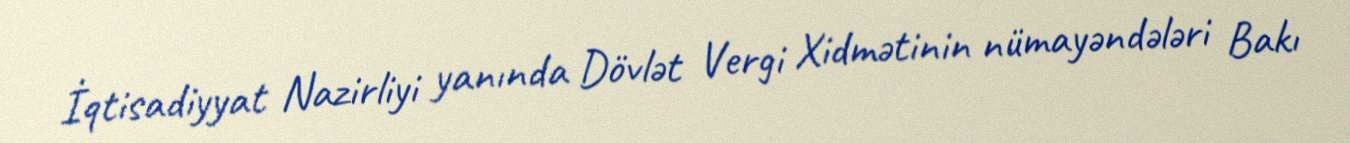
İqtisadiyyat Nazirliyi yanında Dövlət Vergi Xidmətinin nümayəndələri Bakı